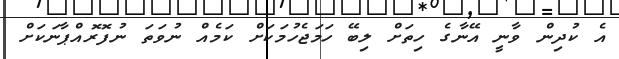
އެ ކުދިން ވާނީ އޭނާގެ ހިތަށް ލިބޭ ހަމަޖެހުމަކަށް ކަމެއް ނުވަތަ ނުފޮރޮއްޕާނަކަށް